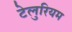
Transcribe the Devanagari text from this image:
टेलुरियम